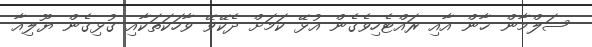
ސަލްމާން ޚާން އާއި ރައްޓެހިވެގެން އުޅޭ ކަމަށް ދެކޭވޭ ވާހަކަތަކާއި ގުޅިގެން ޔޫލިއާ